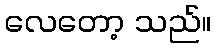
လေတော့ သည်။